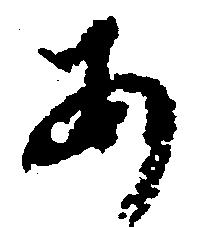
あ